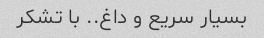
بسیار سریع و داغ.. با تشکر